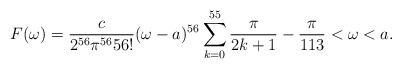
LaTeX: \begin{align*} F(\omega) = \dfrac{c}{2^{56}{\pi}^{56}56!}(\omega -a)^{56} \sum_{k=0}^{55}\frac{\pi}{2k+1} - \dfrac{\pi}{113} < \omega < a. \end{align*}